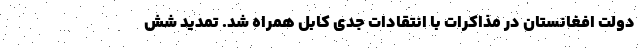
دولت افغانستان در مذاکرات با انتقادات جدی کابل همراه شد. تمدید شش